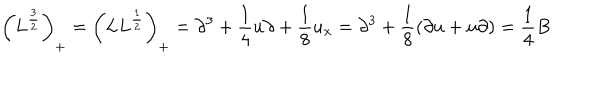
LaTeX: \left( L ^ { \frac { 3 } { 2 } } \right) _ { + } = \left( L L ^ { \frac { 1 } { 2 } } \right) _ { + } = \partial ^ { 3 } + { \frac { 1 } { 4 } } u \partial + { \frac { 1 } { 8 } } u _ { x } = \partial ^ { 3 } + { \frac { 1 } { 8 } } ( \partial u + u \partial ) = { \frac { 1 } { 4 } } B